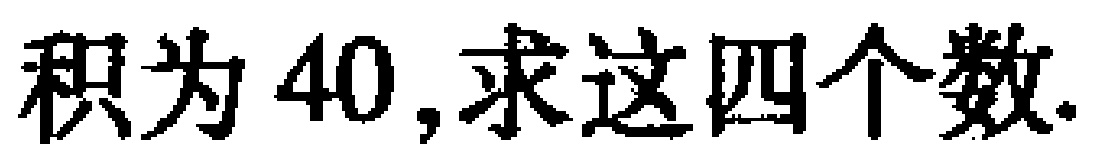
积为 \(40\),求这四个数.